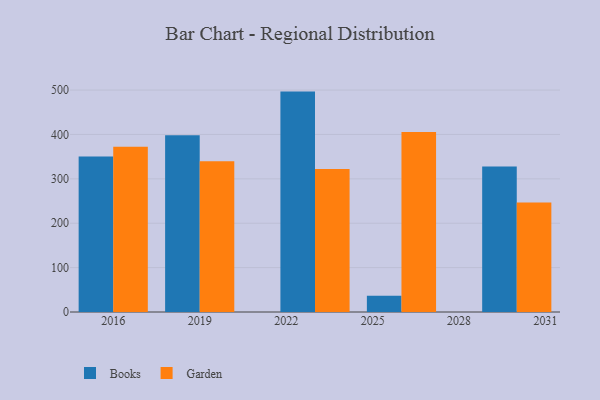
{"axis": {"x": "Year", "y": "Satisfaction Score"}, "legend": ["Books", "Garden"], "data": [{"x": "2016", "y": 350.5, "type": "Books"}, {"x": "2016", "y": 372.6, "type": "Garden"}, {"x": "2019", "y": 398.1, "type": "Books"}, {"x": "2019", "y": 339.6, "type": "Garden"}, {"x": "2030", "y": 327.6, "type": "Books"}, {"x": "2030", "y": 246.9, "type": "Garden"}, {"x": "2023", "y": 496.6, "type": "Books"}, {"x": "2023", "y": 322.1, "type": "Garden"}, {"x": "2026", "y": 36.7, "type": "Books"}, {"x": "2026", "y": 405.8, "type": "Garden"}]}